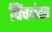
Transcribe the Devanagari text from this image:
चिंचबंदर